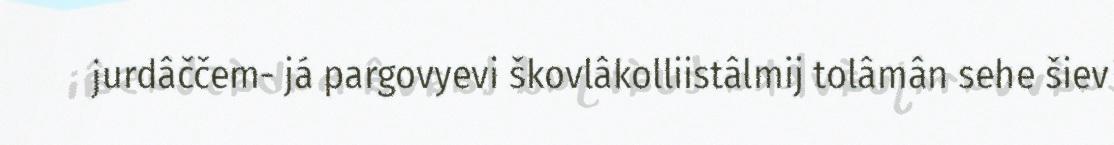
jurdâččem- já pargovyevi škovlâkolliistâlmij tolâmân sehe šiev